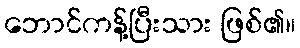
ဘောင်ကန့်ပြီးသား ဖြစ်၏။